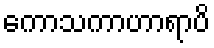
ကောသကာဟာရာပိ